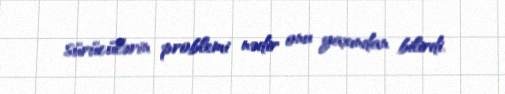
sürücülərin problemi nədir onu yaxından bilirdi.